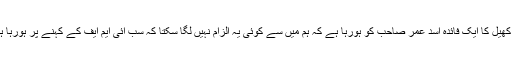
اس کھیل کا ایک فائدہ اسد عمر صاحب کو ہورہا ہے کہ ہم میں سے کوئی یہ الزام نہیں لگا سکتا کہ سب آئی ایم ایف کے کہنے پر ہورہا ہے ۔